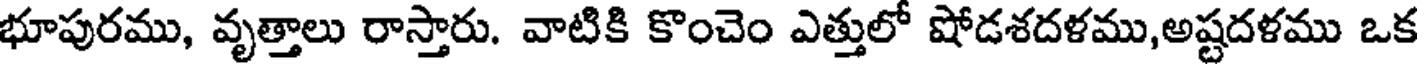
భూపురము, వృత్తాలు రాస్తారు. వాటికి కొంచెం ఎత్తులో షోడశదళము,అష్టదళము ఒక